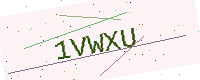
Text: 1VWXU